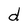
Character: d